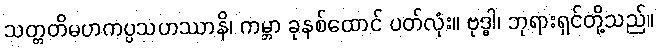
သတ္တတိမဟကပ္ပသဟဿာနိ၊ ကမ္ဘာ ခုနစ်ထောင် ပတ်လုံး။ ဗုဒ္ဓါ၊ ဘုရားရှင်တို့သည်။